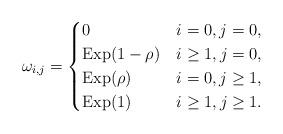
LaTeX: \begin{align*} \omega_{i,j}= \begin{cases} 0 & i=0, j=0,\\ {\rm Exp}(1-\rho) & i\geq 1, j=0,\\ {\rm Exp}(\rho) & i=0, j\geq 1,\\ {\rm Exp}(1) & i\geq 1, j\geq 1.\\ \end{cases}\end{align*}